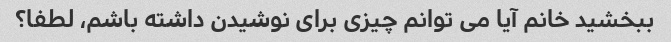
ببخشید خانم آیا می توانم چیزی برای نوشیدن داشته باشم، لطفا؟